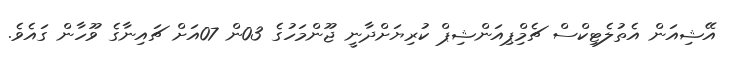
އޭޝިއަން އެތުލެޓިކްސް ޗެމްިޕިއަންޝިޕް ކުރިޔަށްދާނީ ޖޫންމަހުގެ 03ން 07އަށް ޗައިނާގެ ވޫހާން ގައެވެ.